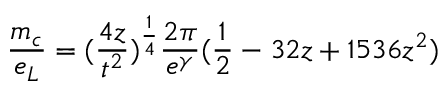
\frac { m _ { c } } { e _ { L } } = ( \frac { 4 z } { t ^ { 2 } } ) ^ { \frac { 1 } { 4 } } \frac { 2 \pi } { e ^ { \gamma } } ( \frac { 1 } { 2 } - 3 2 z + 1 5 3 6 z ^ { 2 } )